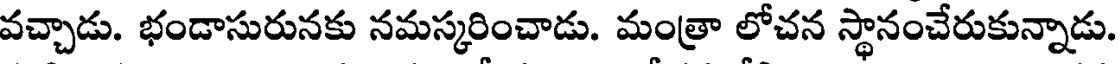
వచ్చాడు. భండాసురునకు నమస్కరించాడు. మంత్రా లోచన స్థానంచేరుకున్నాడు.